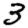
Digit: 3